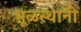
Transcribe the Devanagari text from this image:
मूळस्थानी